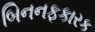
બિનનફકારક